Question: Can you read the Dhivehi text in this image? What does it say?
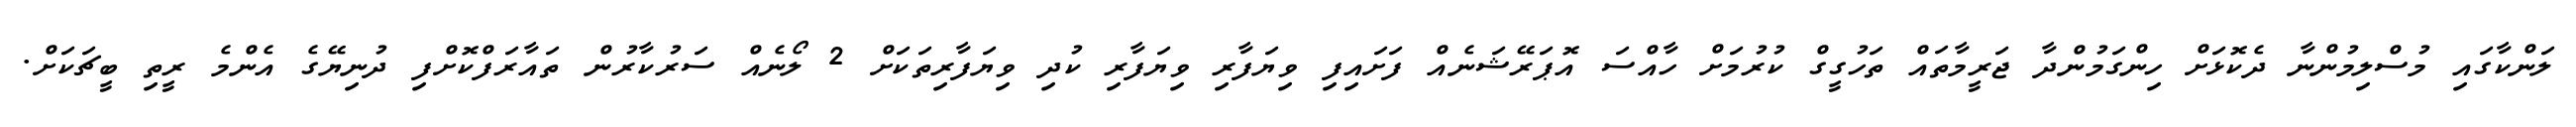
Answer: ލަންކާގައި މުސްލިމުންނާ ދެކޮޅަށް ހިންގަމުންދާ ޖަރީމާތައް ތަހުގީގް ކުރުމަށް ހާއްސަ އޮޕަރޭޝަނެއް ފަށައިފި ވިޔަފާރި ވިޔަފާރި ކުދި ވިޔަފާރިތަކަށް 2 ލޯނެއް ސަރުކާރުން ތައާރަފްކޮށްފި ދުނިޔޭގެ އެންމެ ރީތި ބީޗަކަށް.